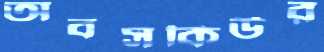
অবসকিউর